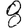
Digit: 8